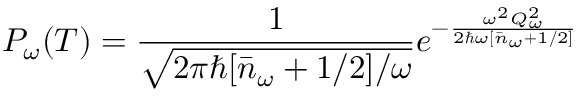
P _ { \omega } ( T ) = \frac { 1 } { \sqrt { 2 \pi \hbar [ \bar { n } _ { \omega } + 1 / 2 ] / \omega } } e ^ { - \frac { \omega ^ { 2 } Q _ { \omega } ^ { 2 } } { 2 \hbar \omega [ \bar { n } _ { \omega } + 1 / 2 ] } }